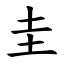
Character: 圭